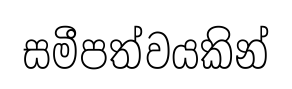
සමීපත්වයකින්